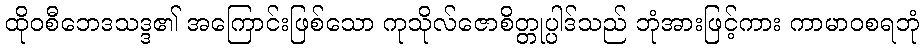
ထိုဝစီဘေဒသဒ္ဒ၏ အကြောင်းဖြစ်သော ကုသိုလ်ဇောစိတ္တုပ္ပါဒ်သည် ဘုံအားဖြင့်ကား ကာမာဝစရဘုံ